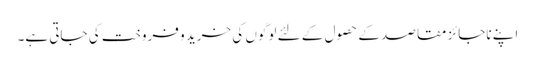
اپنے ناجائز مقاصد کے حصول کے لئے لوگوں کی خرید و فروخت کی جاتی ہے۔